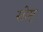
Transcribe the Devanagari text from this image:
सोम्